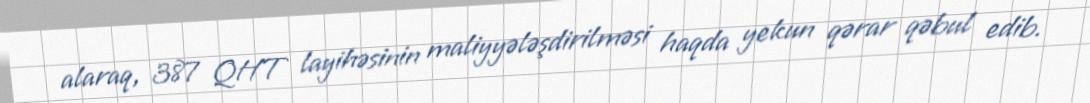
alaraq, 387 QHT layihəsinin maliyyələşdirilməsi haqda yekun qərar qəbul edib.